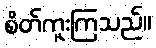
စိတ်ကူးကြသည်။